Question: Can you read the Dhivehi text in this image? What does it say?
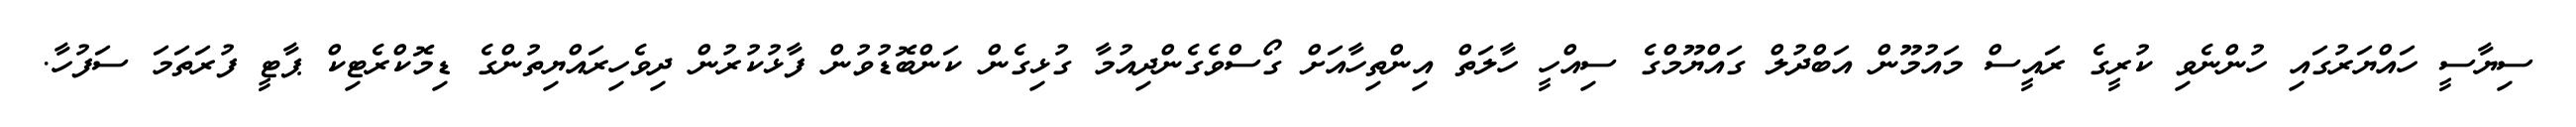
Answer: ސިޔާސީ ހައްޔަރުގައި ހުންނެވި ކުރީގެ ރައީސް މައުމޫން އަބްދުލް ގައްޔޫމްގެ ސިއްހީ ހާލަތް އިންތިހާއަށް ގޯސްވެގެންދިއުމާ ގުޅިގެން ކަންބޮޑުވުން ފާޅުކުރުން ދިވެހިރައްޔިތުންގެ ޑިމޮކްރެޓިކް ޕާޓީ ފުރަތަމަ ސަފުހާ.